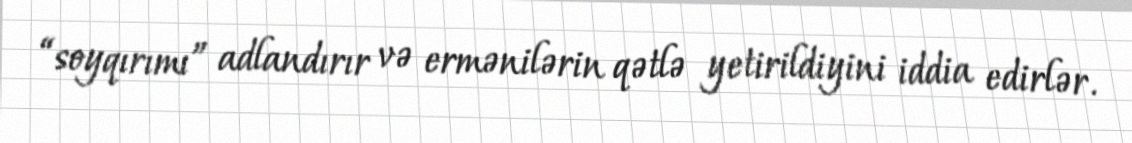
“soyqırımı” adlandırır və ermənilərin qətlə yetirildiyini iddia edirlər.